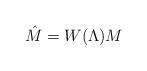
LaTeX: \begin{align*}\hat M=W(\Lambda)M\end{align*}